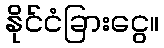
နိုင်ငံခြားငွေ။